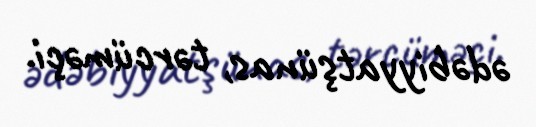
ədəbiyyatşünas, tərcüməçi.